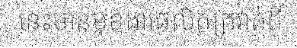
នេះមានមុខងារផលិតក្រវាត់ពី